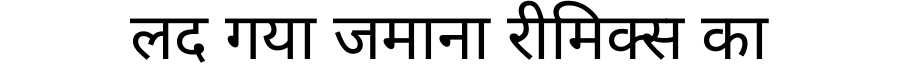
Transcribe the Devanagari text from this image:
लद गया जमाना रीमिक्स का